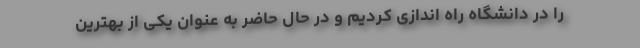
را در دانشگاه راه اندازی کردیم و در حال حاضر به عنوان یکی از بهترین